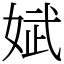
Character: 娬